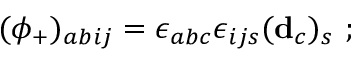
( \phi _ { + } ) _ { a b i j } = \epsilon _ { a b c } \epsilon _ { i j s } ( { \bf d } _ { c } ) _ { s } \ ;